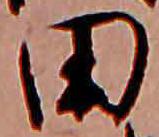
田